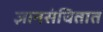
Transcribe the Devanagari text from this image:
ज्ञानसंचितात